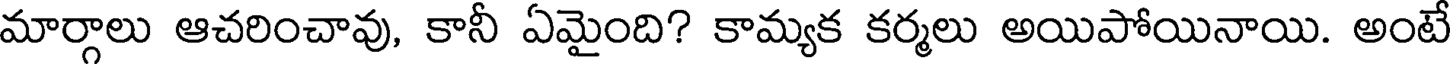
మార్గాలు ఆచరించావు, కానీ ఏమైంది? కామ్యక కర్మలు అయిపోయినాయి. అంటే